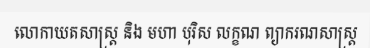
លោកាយតសាស្ត្រ និង មហា បុរិស លក្ខណ ព្យាករណសាស្ត្រ